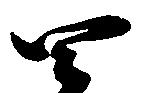
四